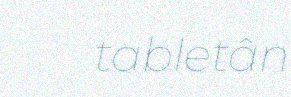
tabletân